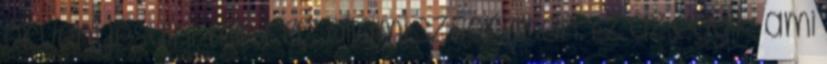
érvényesülni, mint az állami szférában. Ez az egyik, ami